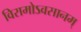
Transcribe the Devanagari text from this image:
विरामोऽवसानम्